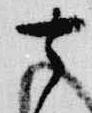
去